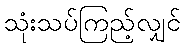
သုံးသပ်ကြည့်လျှင်